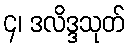
၄၊ ဒလိဒ္ဒသုတ်